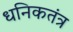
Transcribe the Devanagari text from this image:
धनिकतंत्र